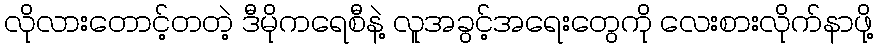
လိုလားတောင့်တတဲ့ ဒီမိုကရေစီနဲ့ လူအခွင့်အရေးတွေကို လေးစားလိုက်နာဖို့